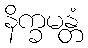
နိက္ခမန္တံ